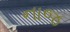
નાજ